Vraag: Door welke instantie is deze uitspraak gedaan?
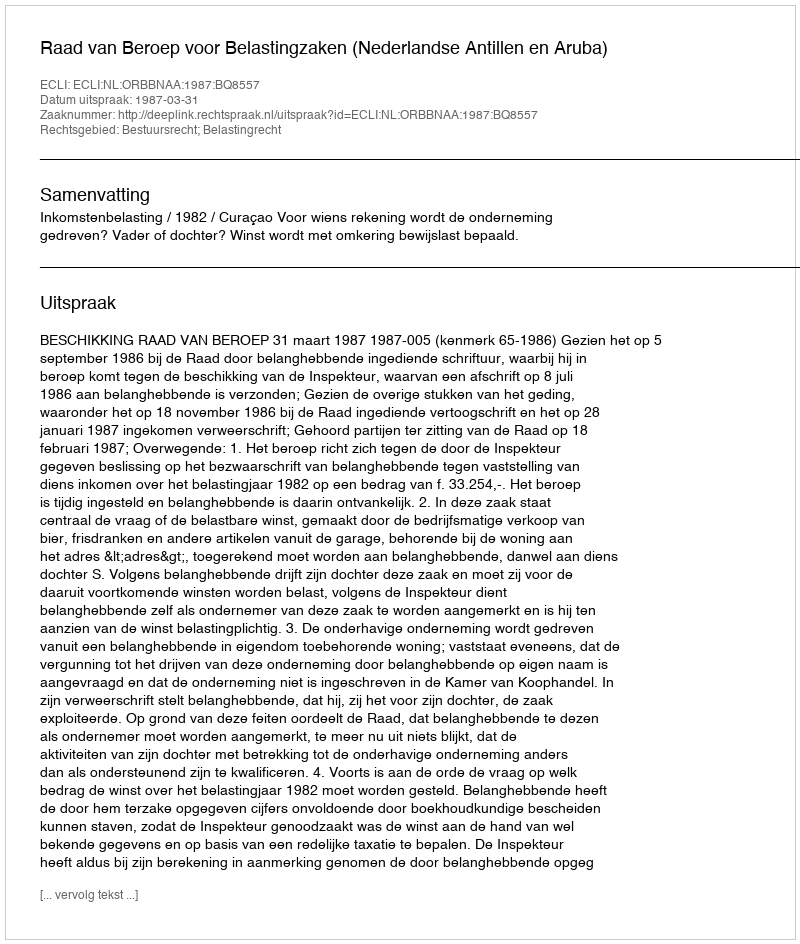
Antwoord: Raad van Beroep voor Belastingzaken (Nederlandse Antillen en Aruba)